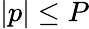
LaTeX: |p|\le P